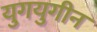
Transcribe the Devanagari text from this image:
युगयुगीन